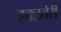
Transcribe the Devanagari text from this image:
हक्लबेरी